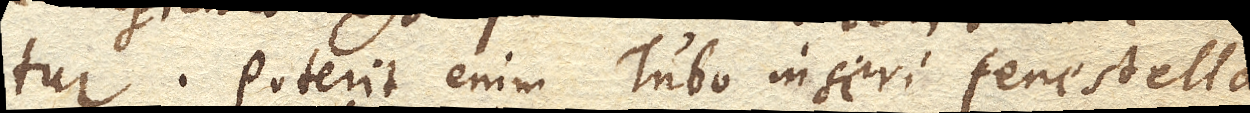
tur. Poterit enim Tubo inseri fenestella,